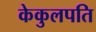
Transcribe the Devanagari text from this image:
केकुलपति